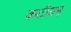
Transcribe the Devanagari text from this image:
कटीयम्‌